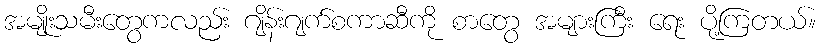
အမျိုးသမီးတွေကလည်း ဂျိန်းဂျက်စကာဆီကို စာတွေ အများကြီး ရေး ပို့ကြတယ်။